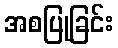
အစပြုခြင်း